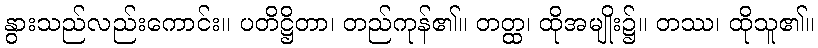
နွားသည်လည်းကောင်း။ ပတိဋ္ဌိတာ၊ တည်ကုန်၏။ တတ္ထ၊ ထိုအမျိုး၌။ တဿ၊ ထိုသူ၏။